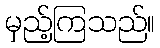
မှည့်ကြသည်။